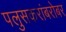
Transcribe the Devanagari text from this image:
पलुसकरांबरोबर